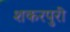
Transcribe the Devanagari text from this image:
शकरपुरी